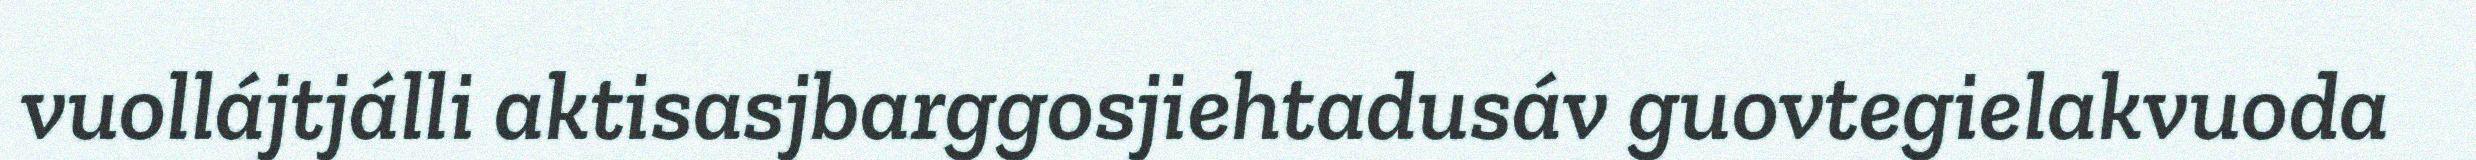
vuollájtjálli aktisasjbarggosjiehtadusáv guovtegielakvuoda